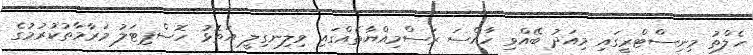
ހެލްތު މިނިސްޓްރީގައި މިއަދު ބޭއްވި ހާއްސަ ރަސްމިއްޔާތެއްގައި ވިލިނގިލީ އަތޮޅު ހޮސްޕިޓަލު މަރާމާތުކުރުމުގެ